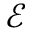
\mathcal { E }